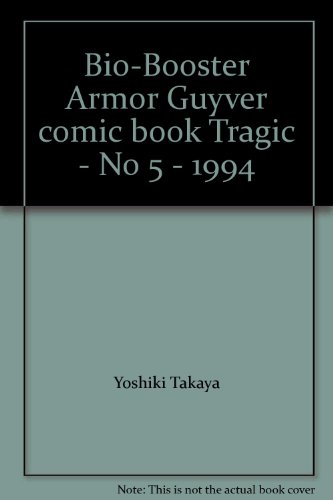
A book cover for Bio-Booster Armor Guyver comic book "Tragic" - No 5 - 1994; Yoshiki Takaya; Comics & Graphic Novels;